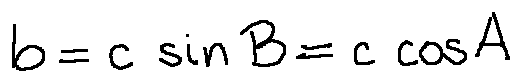
b = c \sin B = c \cos A